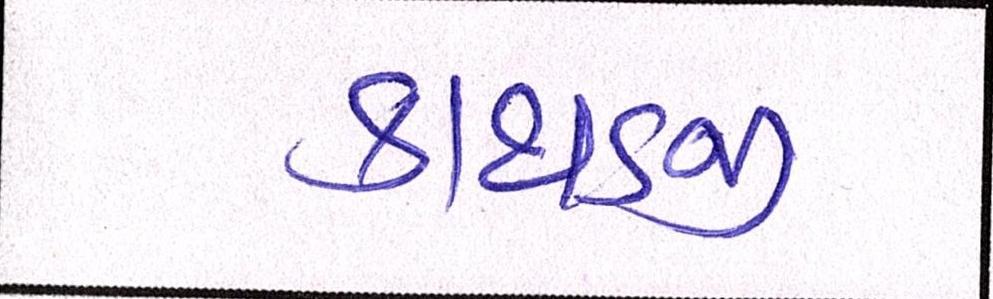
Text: કાથડજી